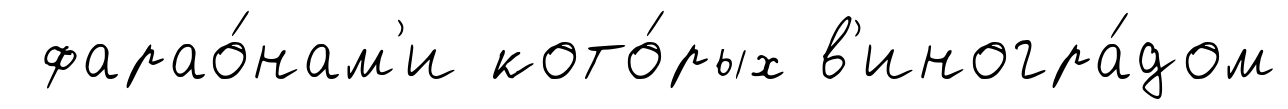
фарао́нам'и кото́рых в'иногра́дом